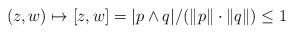
LaTeX: \begin{gather*} (z,w)\mapsto [z,w]=|p\wedge q|/(\|p\|\cdot\|q\|)\le 1\end{gather*}